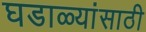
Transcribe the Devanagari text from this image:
घडाळ्यांसाठी